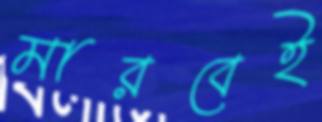
মারবেই